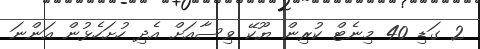
2 ގަޑި 40 މިނެޓް ކުރިން ޔޫކޭ ވިސާއަށް އެދި ހުށަހެޅުން އަންނަ